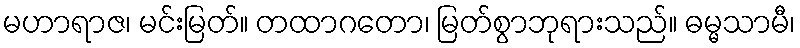
မဟာရာဇ၊ မင်းမြတ်။ တထာဂတော၊ မြတ်စွာဘုရားသည်။ ဓမ္မသာမီ၊